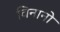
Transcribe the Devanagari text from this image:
विनानो